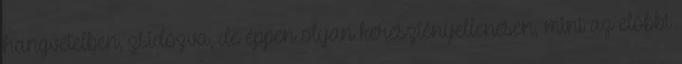
hangvételben, zsidózva, de éppen olyan keresztényellenesen, mint az előbbi